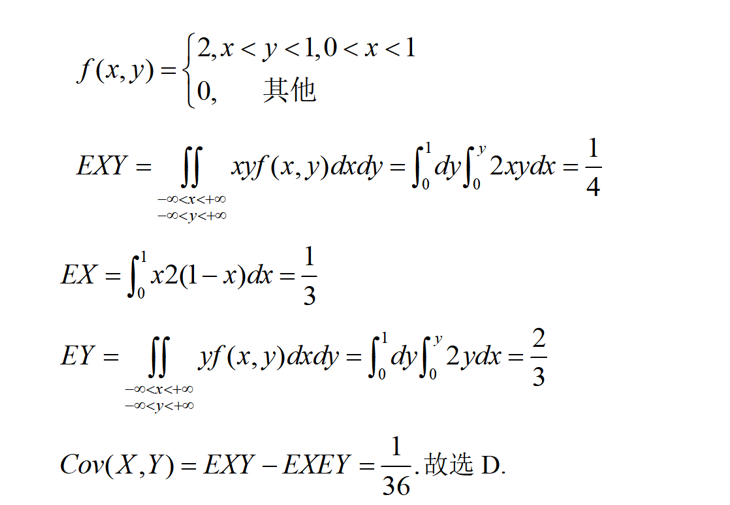
\[
f(x,y)=
\begin{cases}
2, & x < y < 1,0 < x < 1\\
0, & \text{其他}
\end{cases}
\]
\[
EXY = \iint_{\substack{-\infty<x<+\infty\\-\infty<y<+\infty}}xyf(x,y)dxdy=\int_{0}^{1}dy\int_{0}^{y}2xydx = \frac{1}{4}
\]
\[
EX=\int_{0}^{1}x2(1 - x)dx=\frac{1}{3}
\]
\[
EY = \iint_{\substack{-\infty<x<+\infty\\-\infty<y<+\infty}}yf(x,y)dxdy=\int_{0}^{1}dy\int_{0}^{y}2ydx=\frac{2}{3}
\]
\[
Cov(X,Y)=EXY - EXEY=\frac{1}{36}.\text{故选D}.
\]